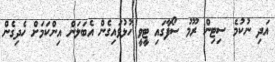
އަދި ނުކުމެ ސިޓިން ރޫމު ސޯފާގައި ޓީވީ ހުޅުވައިގެން އެބަލަން އިންކަމަށް ހެދިގެން